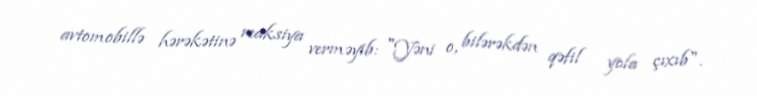
avtomobillə hərəkətinə reaksiya verməyib: "Yəni o, bilərəkdən qəfil yola çıxıb".